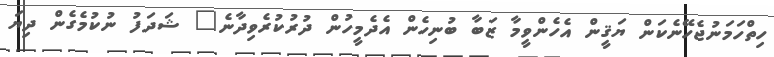
ހިތްހަމަނުޖެހޭނެކަން ޔަޤީން އެހެންވީމާ ޒަބާ ބުނިހެން އެދެމީހުން ދުރުކުރެވިދާނެ" ޝަދަފު ނުކުމެގެން ދިޔަ